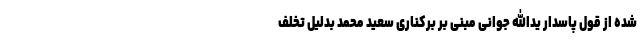
شده از قول پاسدار یدالله جوانی مبنی بر برکناری سعید محمد بدلیل تخلف